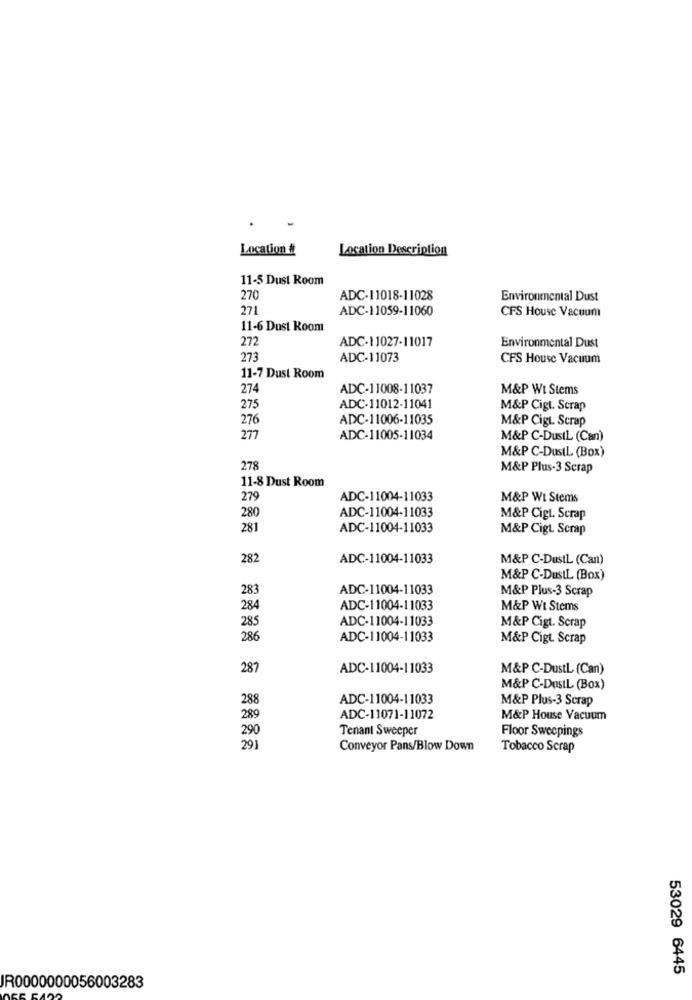
Location #
Location Description
11-5 Dust Room
270
ADC-11018-11028
Environmental Dust
271
ADC-11059-11060
CFS House Vacuum
11-6 Dust Room
272
ADC-11027-11017
Environmental Dust
273
ADC-11073
CFS House Vacuum
11-7 Dust Room
274
ADC-11008-11037
M&P Wi Stems
275
ADC-11012-11041
M&P Cigt. Scrap
276
ADC-11006-11035
M&P Cigt. Scrap
277
ADC-11005-11034
M&P C-DustL (Can)
M&P C-DusIL (Box)
278
M&P Plus-3 Scrap
11-8 Dust Room
279
ADC-11004-11033
M&P WI Stems
280
ADC-11004-11033
M&P Cigt. Scrap
281
ADC-11004-11033
M&P Cigt. Scrap
282
ADC-11004-11033
M&P C-DustL (Can)
M&P C-DustL (Box)
283
ADC-11004-11033
M&P Plus-3 Scrap
284
ADC-11004-11033
M&P Wt Stems
285
ADC-11004-11033
M&P Cigt. Scrap
286
ADC-11004-11033
M&P Cigt. Scrap
287
ADC-11004-11033
M&P C-DustL (Can)
M&P C-DustL (Box)
288
ADC-11004-11033
M&P Plus-3 Scrap
289
ADC-11071-11072
M&P House Vacuum
290
Tenant Sweeper
Floor Sweepings
291
Conveyor Pans/Blow Down
Tobacco Scrap
53029 6445
JR0000000056003283